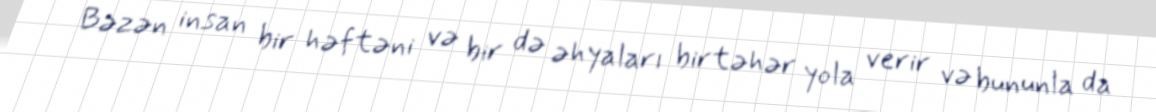
Bəzən insan bir həftəni və bir də əhyaları birtəhər yola verir və bununla da